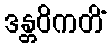
ဒန္တဝိကတိံ